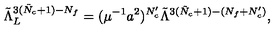
\tilde { \Lambda } _ { L } ^ { 3 ( \tilde { N } _ { c } + 1 ) - N _ { f } } = ( \mu ^ { - 1 } a ^ { 2 } ) ^ { N _ { c } ^ { \prime } } \tilde { \Lambda } ^ { 3 ( \tilde { N } _ { c } + 1 ) - ( N _ { f } + N _ { c } ^ { \prime } ) } ,